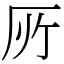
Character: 𠩄